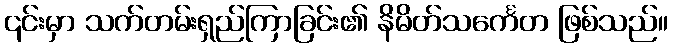
၎င်းမှာ သက်တမ်းရှည်ကြာခြင်း၏ နိမိတ်သင်္ကေတ ဖြစ်သည်။